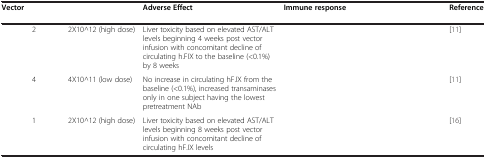
<table><thead><tr><td><b>Vector</b></td><td>[EMPTY_CELL]</td><td>[EMPTY_CELL]</td><td><b>Adverse Effect</b></td><td><b>Immune response</b></td><td><b>Reference</b></td></tr></thead><tbody><tr><td>[EMPTY_CELL]</td><td>2</td><td>2X10^12 (high dose)</td><td>Liver toxicity based on elevated AST/ALT levels beginning 4 weeks post vector infusion with concomitant decline of circulating h.FIX to the baseline (&lt;0.1%) by 8 weeks</td><td>[EMPTY_CELL]</td><td>[11]</td></tr><tr><td>[EMPTY_CELL]</td><td>4</td><td>4X10^11 (low dose)</td><td>No increase in circulating hF.IX from the baseline (&lt;0.1%), increased transaminases only in one subject having the lowest pretreatment NAb</td><td>[EMPTY_CELL]</td><td>[11]</td></tr><tr><td>[EMPTY_CELL]</td><td>1</td><td>2X10^12 (high dose)</td><td>Liver toxicity based on elevated AST/ALT levels beginning 8 weeks post vector infusion with concomitant decline of circulating hF.IX levels</td><td>[EMPTY_CELL]</td><td>[16]</td></tr></tbody></table>